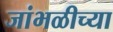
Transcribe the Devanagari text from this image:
जांभळीच्या